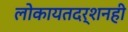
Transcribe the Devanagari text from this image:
लोकायतदर्शनही